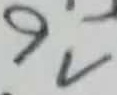
Text: 9V